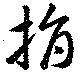
捐